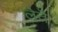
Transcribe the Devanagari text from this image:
लेतॆ